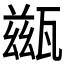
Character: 𤮀